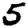
Digit: 5